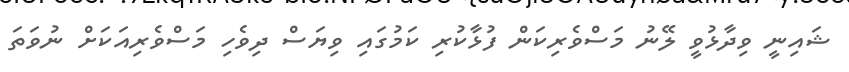
ޝައިނީ ވިދާޅުވީ ލޭނު މަސްވެރިކަން ފުޅާކުރި ކަމުގައި ވިޔަސް ދިވެހި މަސްވެރިއަކަށް ނުވަތަ